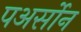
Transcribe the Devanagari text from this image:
पअर्सोन